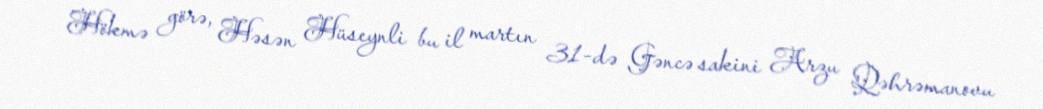
Hökmə görə, Həsən Hüseynli bu il martın 31-də Gəncə sakini Arzu Qəhrəmanovu